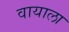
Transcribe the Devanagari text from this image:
वायाला